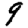
Digit: 9